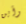
وأين